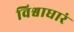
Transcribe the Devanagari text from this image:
विश्वाधारं